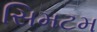
સિમટમ